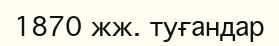
1870 жж. туғандар